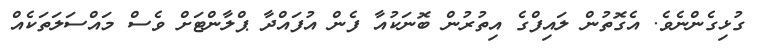
ގުޅިގެންނެވެ. އެގޮތުން ލައިފްގެ އިތުރުން ބޮނަކުއާ ފެން އުފައްދާ ޕްލާންޓަށް ވެސް މައްސަލަތަކެއް